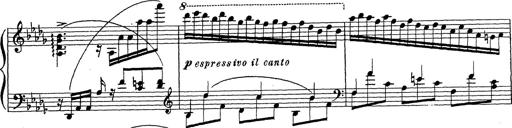
Title: Ballade No.1
Composer: Richard St. Clair